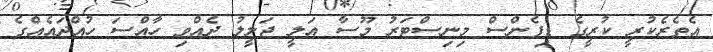
އެތެރެކުރީ ކުރީގެ ޑިފެންސް މިނިސްޓަރު މޫސާ އަލީ ޖަލީލު ދެއްވި ހާއްސަ ހުއްދައެއްގެ